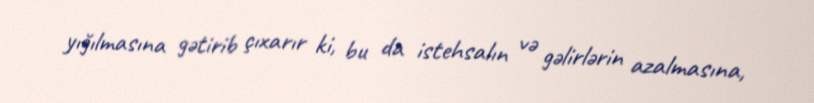
yığılmasına gətirib çıxarır ki, bu da istehsalın və gəlirlərin azalmasına,